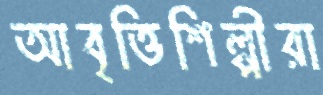
আবৃত্তিশিল্পীরা